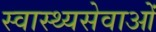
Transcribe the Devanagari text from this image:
स्वास्थ्यसेवाओं